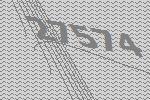
27574